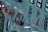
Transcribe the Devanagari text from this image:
जिस्मो